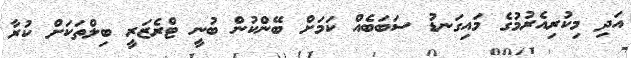
އަދި މިކުރިއެރުމުގެ މައިގަނޑު ސަބަބެއް ކަމަށް ބޭންކުން ބުނީ ޓްރެޒަރީ ބިލްތަކަށް ކުރާ